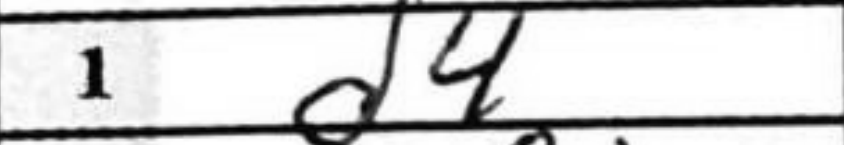
Transcription: d4